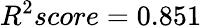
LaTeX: R^{2}score=0.851